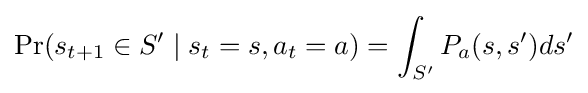
\Pr(s_{t+1}\in S'\mid s_{t}=s,a_{t}=a)=\int _{S'}P_{a}(s,s')ds'